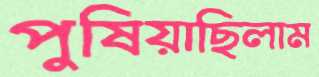
পুষিয়াছিলাম